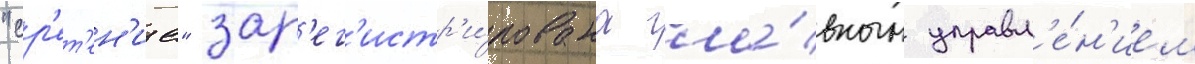
"ср'ет'ен'ие" зар'ег'истр'и́рована гла́вным управл'е́н'ием